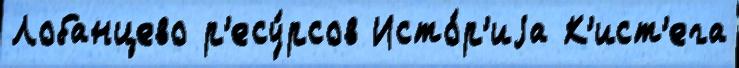
Лобанцево р'есу́рсов Исто́р'иjа К'ист'ега